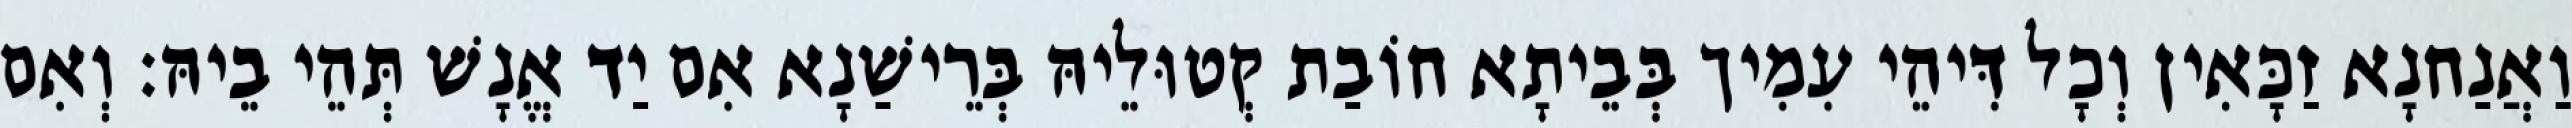
וַאֲנַחנָא זַכָּאִין וְכָל דִּיהֵי עִמִיך בְּבֵיתָא חוֹבַת קְטוּלֵיהּ בְּרֵישַׁנָא אִם יַד אֱנָשׁ תְּהֵי בֵיהּ׃ וְאִם